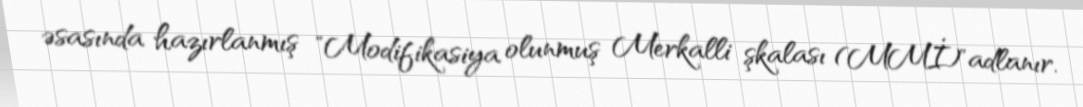
əsasında hazırlanmış "Modifikasiya olunmuş Merkalli şkalası (MMİ)"adlanır.